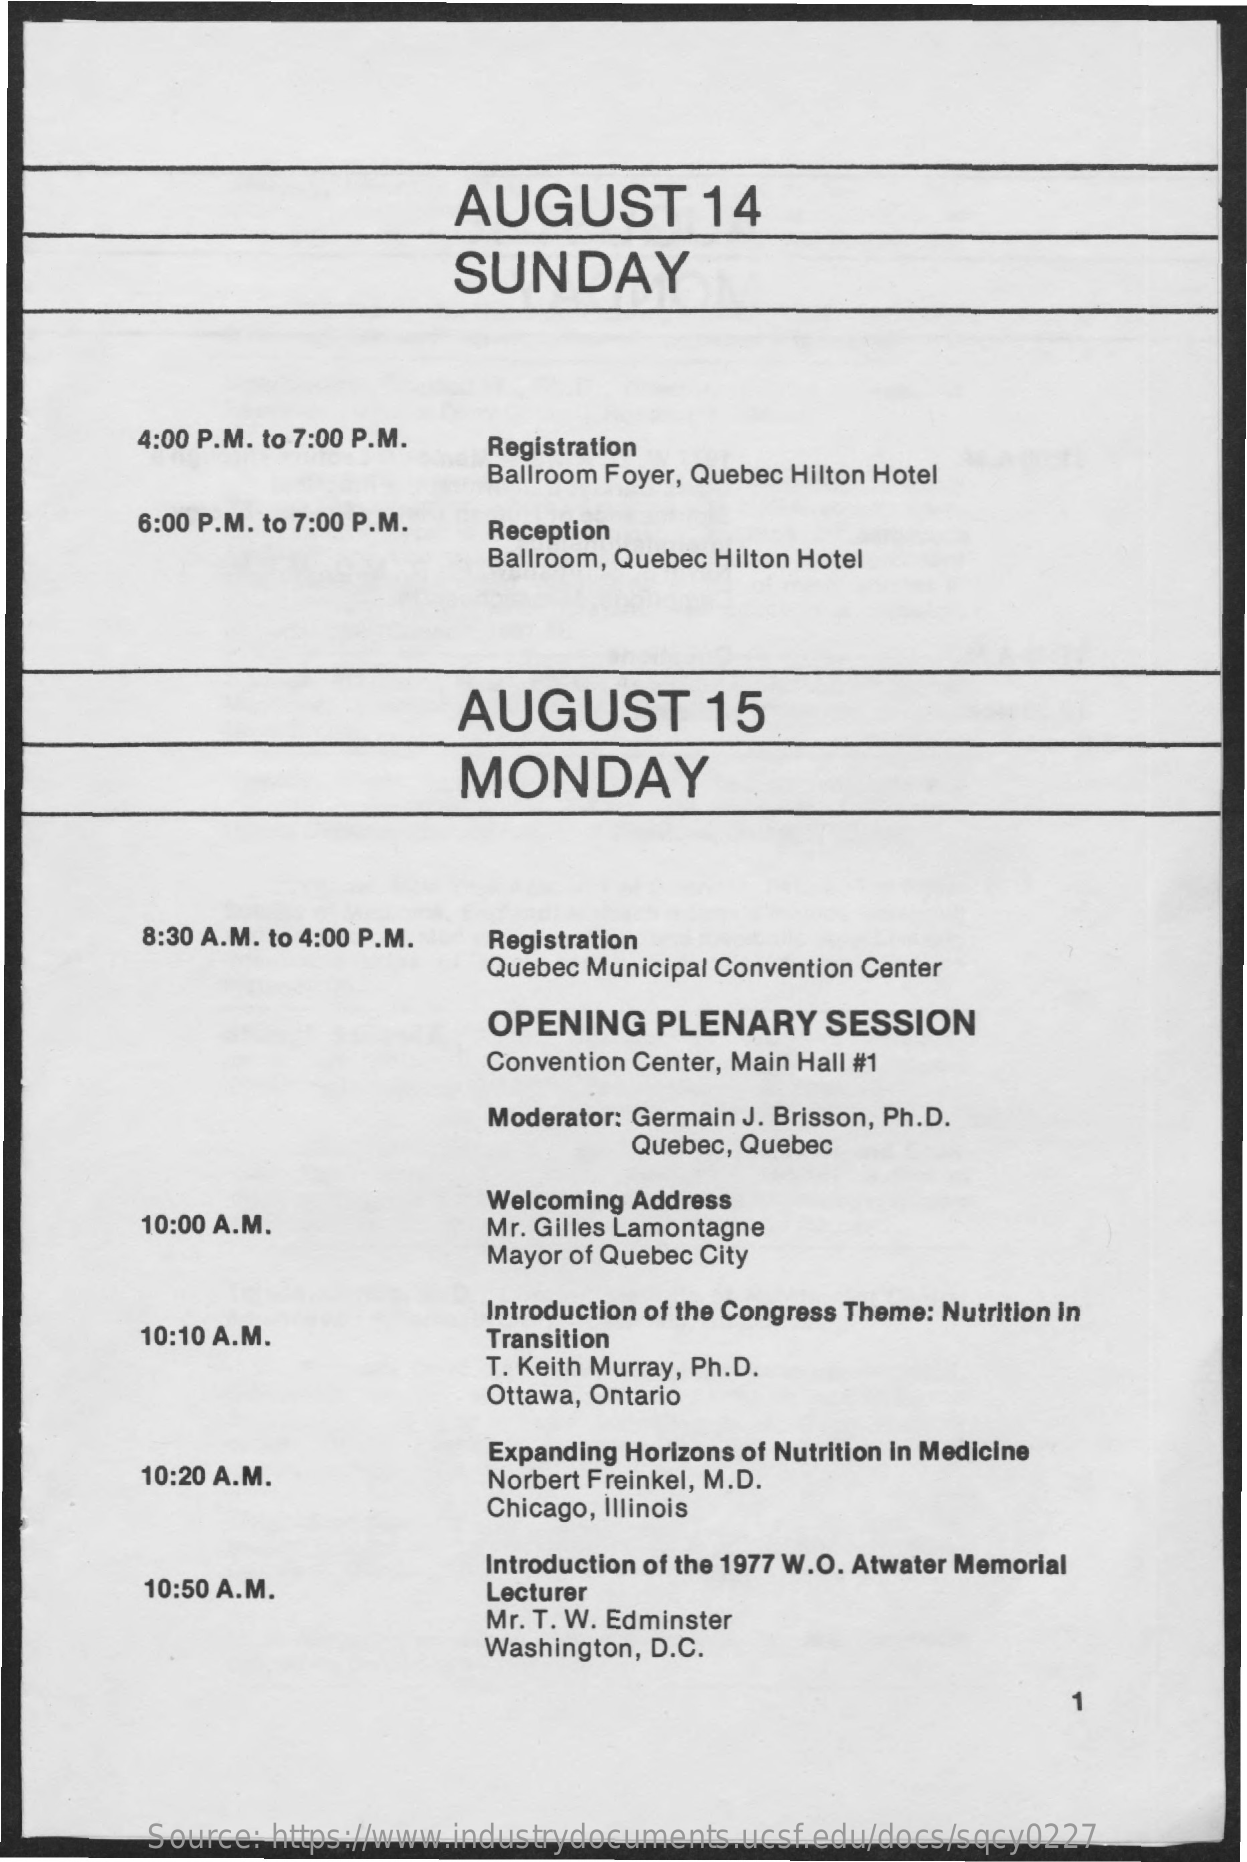
AUGUST    14
     SUNDAY
     4:00 P.M. to 7:00 P.M. Registration
     Ballroom Foyer, Quebec Hilton Hotel
     6:00 P.M. to 7:00 P.M. Reception
     Ballroom, Quebec Hilton Hotel
     AUGUST    15
     MONDAY
     8:30 A.M. to 4:00 P.M. Registration
     Quebec Municipal Convention Center
     OPENING    PLENARY   SESSION
     Convention Center, Main Hall #1
     Moderator: Germain J. Brisson, Ph.D.
     Quebec, Quebec
     10:00 A.M.
     Welcoming Address
     Mr. Gilles Lamontagne
     Mayor of Quebec City
     Introduction of the Congress Theme: Nutrition in
     10:10 A.M.    Transition
     T. Keith Murray, Ph.D.
     Ottawa, Ontario
     10:20 A.M.
     Expanding Horizons of Nutrition in Medicine
     Norbert Freinkel, M.D.
     Chicago, Illinois
     10:50 A.M.
     Introduction of the 1977 W.O. Atwater Memorial
     Lecturer
     Mr. T. W. Edminster
     Washington, D.C.
     -
     Source: https://www.industrydocuments.ucsf.edu/docs/sqcy0227